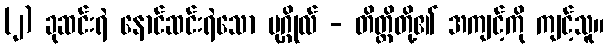
(၂) ခုဆင်းရဲ နောင်ဆင်းရဲသော ပုဂ္ဂိုလ် - တိတ္ထိတို့၏ အကျင့်ကို ကျင့်သူ။